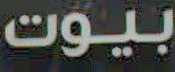
بيوت